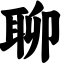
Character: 聊